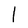
Character: l